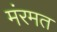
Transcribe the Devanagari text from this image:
मंरमत